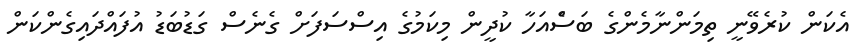
އެކަން ކުރެވޭނީ ތިމަންނާމެންގެ ބަސްެއަހާ ކުދީން މިކަމުގެ އިސްސަފަށް ގެނެސް ގަޑުބަޑު އުފައްދައިގެންކަން